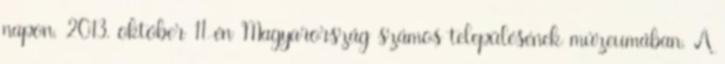
napon, 2013. október 11-én Magyarország számos településének múzeumában. A